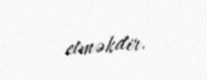
etməkdir.